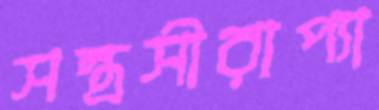
সন্ত্রসীরাপ্যা